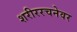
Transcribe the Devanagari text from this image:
शरीररचनेवर